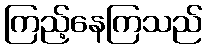
ကြည့်နေကြသည်